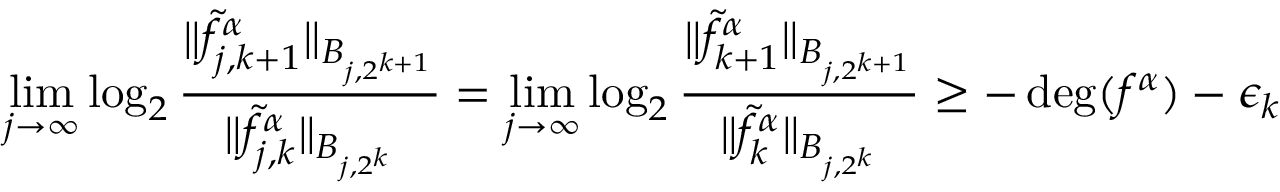
\operatorname* { l i m } _ { j \rightarrow \infty } \log _ { 2 } \frac { \| \widetilde f _ { j , { k + 1 } } ^ { \alpha } \| _ { B _ { j , 2 ^ { k + 1 } } } } { \| \widetilde f _ { j , { k } } ^ { \alpha } \| _ { B _ { j , 2 ^ { k } } } } = \operatorname* { l i m } _ { j \rightarrow \infty } \log _ { 2 } \frac { \| \widetilde f _ { { k + 1 } } ^ { \alpha } \| _ { B _ { j , 2 ^ { k + 1 } } } } { \| \widetilde f _ { { k } } ^ { \alpha } \| _ { B _ { j , 2 ^ { k } } } } \geq - \deg ( f ^ { \alpha } ) - \epsilon _ { k }